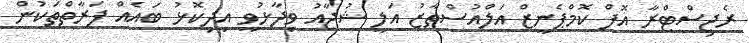
ރެޖިސްޓްރާ އޮފް ކޮމްޕެނީޒް އަލްއުސްތާޒު އަލީ ޝުޖާއު ވިދާޅުވީ އިދިކޮޅު ބައެއް ފަރާތްތަކުން